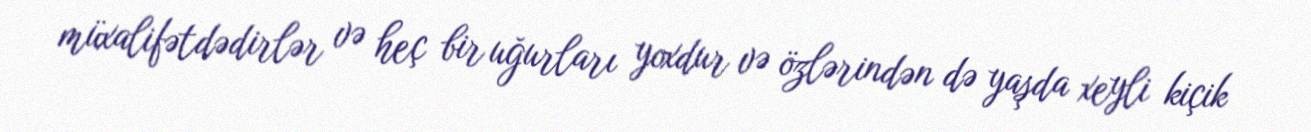
müxalifətdədirlər və heç bir uğurları yoxdur və özlərindən də yaşda xeyli kiçik